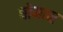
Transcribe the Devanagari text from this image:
घोमान